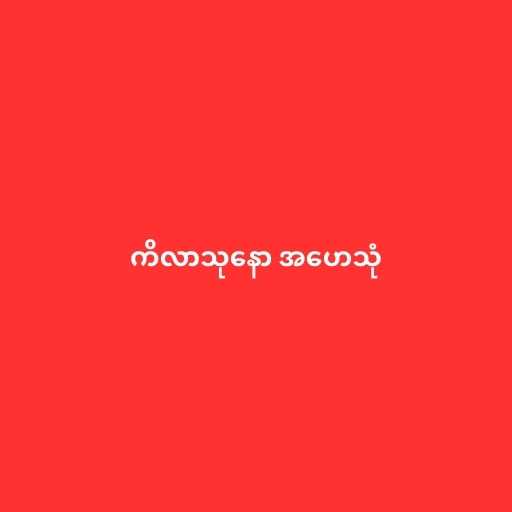
ကိလာသုနော အဟေသုံ